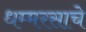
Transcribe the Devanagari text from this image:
धम्मरसाचे